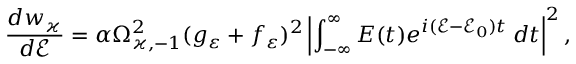
\frac { d w _ { \varkappa } } { d \mathcal { E } } = \alpha \Omega _ { \varkappa , - 1 } ^ { 2 } ( g _ { \varepsilon } + f _ { \varepsilon } ) ^ { 2 } \left| \int _ { - \infty } ^ { \infty } E ( t ) e ^ { i ( \mathcal { E } - \mathcal { E } _ { 0 } ) t } \: d t \right| ^ { 2 } ,